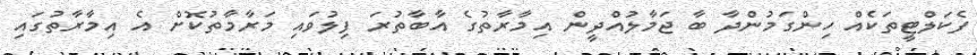
ފެކަލްޓީތަކެއް ހިންގަމުންދާ ބާ ޖަމާލުއްދީން އިމާރާތުގެ އާބާތުރަ ފިލުވައި މަރާމާތުކޮށް އެ އިމާރާތުގައި